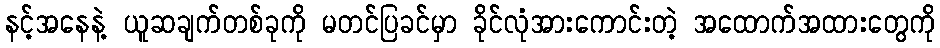
နင့်အနေနဲ့ ယူဆချက်တစ်ခုကို မတင်ပြခင်မှာ ခိုင်လုံအားကောင်းတဲ့ အထောက်အထားတွေကို